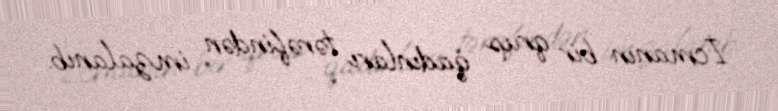
İcmanın bir qrup qadınları tərəfindən imzalanıb.